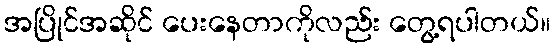
အပြိုင်အဆိုင် ပေးနေတာကိုလည်း တွေ့ရပါတယ်။